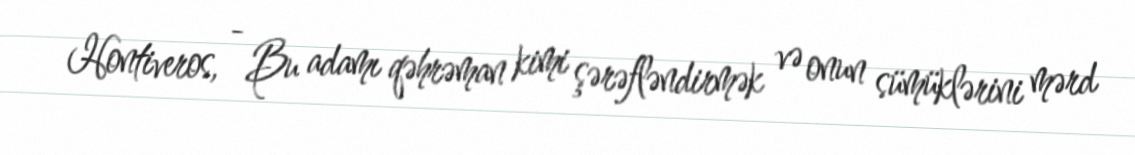
Hontiveros, - Bu adamı qəhrəman kimi şərəfləndirmək və onun sümüklərini mərd